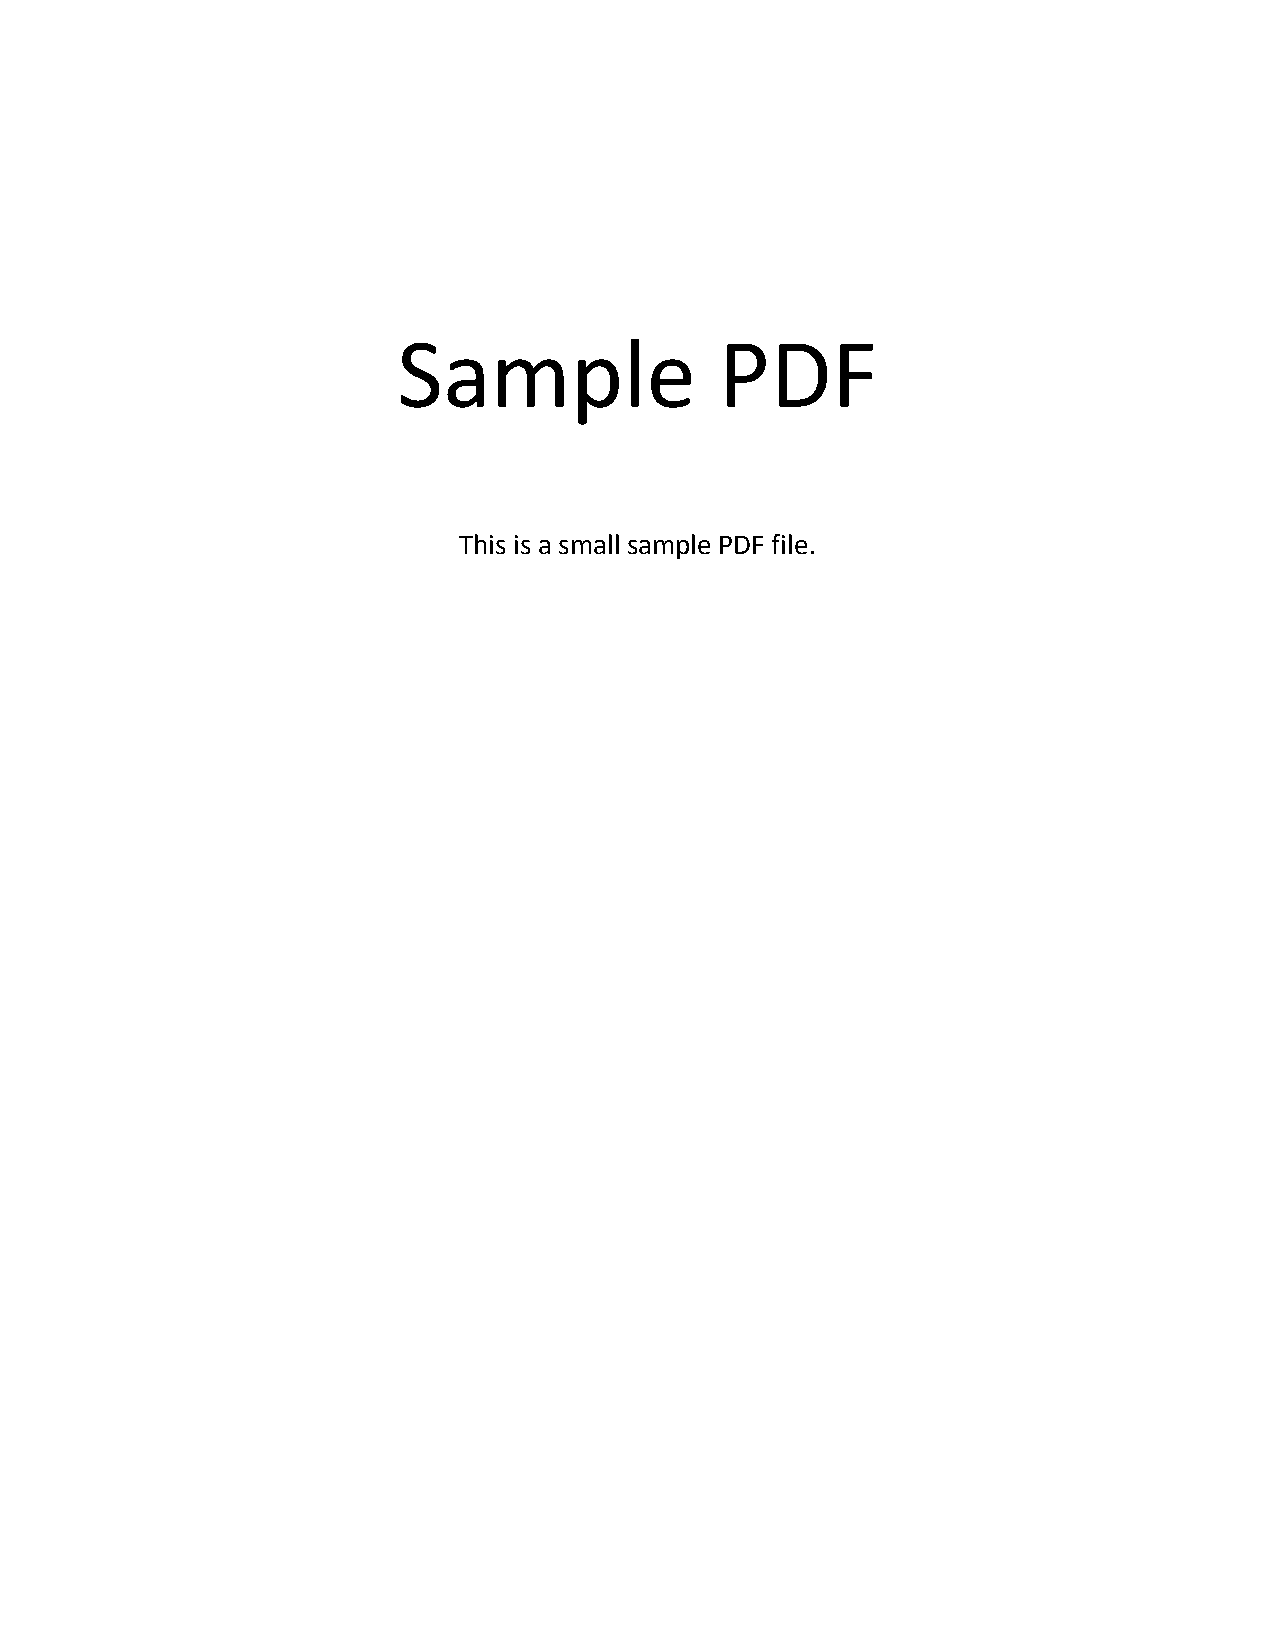
Sample                PDF
 This is a small sample PDF file.